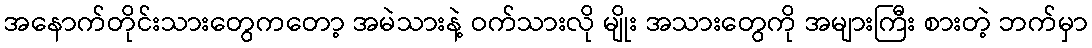
အနောက်တိုင်းသားတွေကတော့ အမဲသားနဲ့ ဝက်သားလို မျိုး အသားတွေကို အများကြီး စားတဲ့ ဘက်မှာ